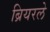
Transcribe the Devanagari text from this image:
ब्रियरले